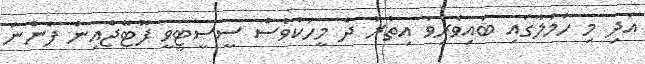
އަދި މި ހަމަލާގައި ބައިވެރިވާ އިތުރު ދެ މީހަކުވެސް ސީސީޓީވީ ފޫޓޭޖްއިން ފެންނަ